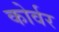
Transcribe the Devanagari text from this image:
कोर्वर